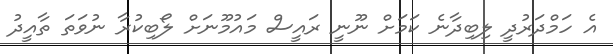
އެ ހަމްދަރުދީ ލިބިދާނެ ކަމަށް ނޫނީ ރައީސް މައުމޫނަށް ލޯބިކުރާ ނުވަތަ ތާއީދު